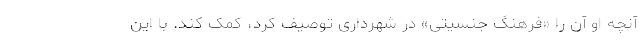
آنچه او آن را «فرهنگ جنسیتی» در شهرداری توصیف کرد، کمک کند. با این